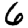
Digit: 6